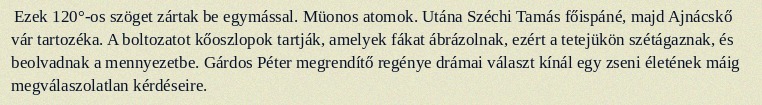
Ezek 120°-os szöget zártak be egymással. Müonos atomok. Utána Széchi Tamás főispáné, majd Ajnácskő vár tartozéka. A boltozatot kőoszlopok tartják, amelyek fákat ábrázolnak, ezért a tetejükön szétágaznak, és beolvadnak a mennyezetbe. Gárdos Péter megrendítő regénye drámai választ kínál egy zseni életének máig megválaszolatlan kérdéseire.